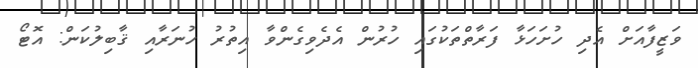
ވަޒީފާއަށް އެދި ހުށަހަޅާ ފަރާތްތަކުގައި ހުރުން އެދެވިގެންވާ އިތުރު ހުނަރާއި ޤާބިލުކަން: އޮޓޯ